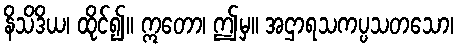
နိသိဒိယ၊ ထိုင်၍။ ဣတော၊ ဤမှ။ အဌာရသကပ္ပသတသော၊